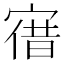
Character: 𡩤